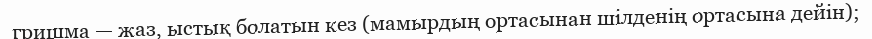
гришма — жаз, ыстық болатын кез (мамырдың ортасынан шілденің ортасына дейін);